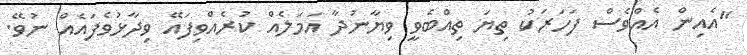
"އެއިން އެއްވެސް ފަހަރަކު ތިޔަ ތިއްބެވީ ވިޔާނުދާ އަމަލެއް ކުރެއްވިފައޭ ވިދާޅުވެފައެއް ނުވޭ.